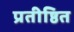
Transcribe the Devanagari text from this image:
प्रतीष्ठित